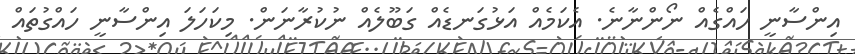
އިންސާނީ ހައްގެއް ނޯންނާނެ. އެކަމެއް އަޅުގަނޑެއް ގަބޫލެއް ނުކުރާނަން. މިކަހަލަ އިންސާނީ ހައްގުތައް